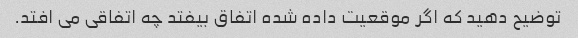
توضیح دهید که اگر موقعیت داده شده اتفاق بیفتد چه اتفاقی می افتد.